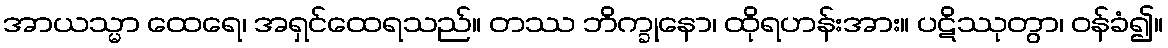
အာယသ္မာ ထေရေ၊ အရှင်ထေရသည်။ တဿ ဘိက္ခုနော၊ ထိုရဟန်းအား။ ပဋိဿုတွာ၊ ဝန်ခံ၍။